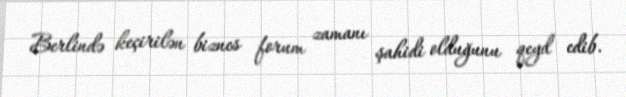
Berlində keçirilən biznes forum zamanı şahidi olduğunu qeyd edib.